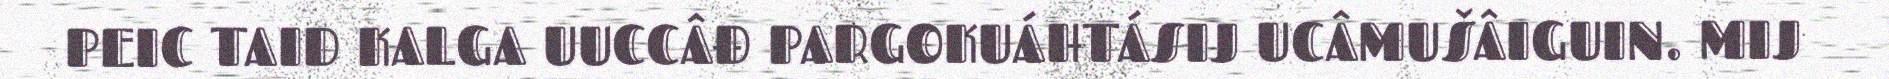
PEIC TAID KALGA UUCCÂĐ PARGOKUÁHTÁSIJ UCÂMUŠÂIGUIN. MIJ